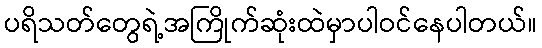
ပရိသတ်တွေရဲ့အကြိုက်ဆုံးထဲမှာပါဝင်နေပါတယ်။